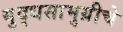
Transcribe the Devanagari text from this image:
युद्धसामुग्रीचे